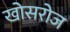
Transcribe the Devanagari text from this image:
खोसरोज